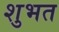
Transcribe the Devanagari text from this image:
शुभत